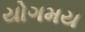
યોગમય